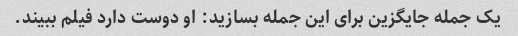
یک جمله جایگزین برای این جمله بسازید: او دوست دارد فیلم ببیند.